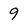
Character: 9